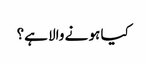
کیا ہو نے والا ہے؟